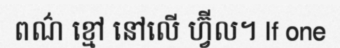
ពណ៌ ខ្មៅ នៅលើ ហ្វ៊ីល។ If one